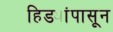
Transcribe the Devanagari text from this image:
हिड्यांपासून